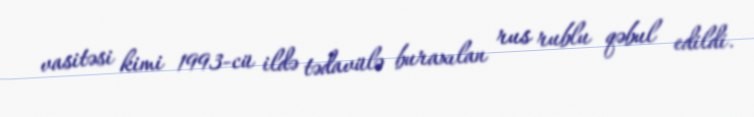
vasitəsi kimi 1993-cü ildə tədavülə buraxılan rus rublu qəbul edildi.